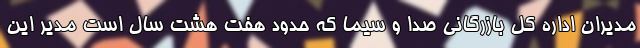
مدیران اداره کل بازرگانی صدا و سیما که حدود هفت هشت سال است مدیر این